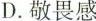
D.敬畏感